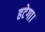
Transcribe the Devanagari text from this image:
हटेगा।